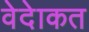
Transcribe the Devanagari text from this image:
वेदेाकत